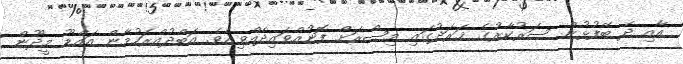
އާއި ދެ ބޭފުޅުން ސަރުކާރުގެ ޚަރަދުގައި މިޞްރަށް ފޮނުއްވައިދެއްވިއެވެ. އަބްދުއްރަހުމާން އައްޑޫ މީދޫން